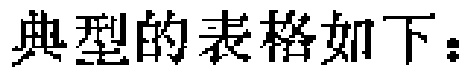
典型的表格如下：